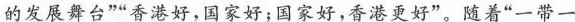
的发展舞台””香港好，国家好；国家好，香港更好”。随着”一带一